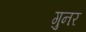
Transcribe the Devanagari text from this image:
गुनर